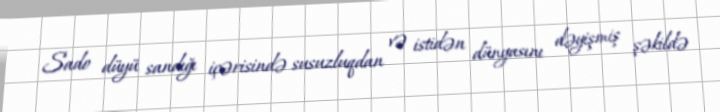
Sado düyü sandığı içərisində susuzluqdan və istidən dünyasını dəyişmiş şəkildə